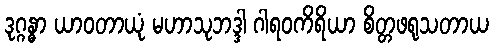
ဒုဂ္ဂန္ဓာ ယာဝတာယုံ မဟာသုဘဒ္ဒါ ဂါရဝကိရိယာ စိတ္တဖရုသတာယ